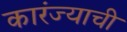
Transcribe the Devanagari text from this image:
कारंज्याची